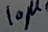
Text: 10µ